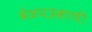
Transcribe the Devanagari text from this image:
वेळपत्रकाची